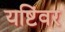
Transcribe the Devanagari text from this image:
यष्टिंवर